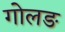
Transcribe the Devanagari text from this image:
गोलङ